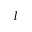
l